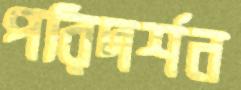
পরিদর্শন